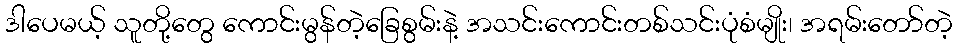
ဒါပေမယ့် သူတို့တွေ ကောင်းမွန်တဲ့ခြေစွမ်းနဲ့ အသင်းကောင်းတစ်သင်းပုံစံမျိုး၊ အရမ်းတော်တဲ့